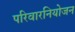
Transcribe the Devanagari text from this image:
परिवारनियोजन